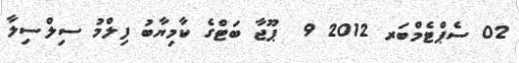
02 ސެޕްޓެމްބަރ 2012 9  ޕޫޖާ ބަޓްގެ ކާމިޔާބު ފިލްމު ސިލްސިލާ